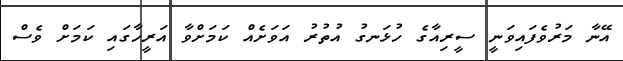
އޭނާ މަރުވެފައިވަނީ ސީރިއާގެ ހުޅަނގު އުތުރު އަވަށެއް ކަމަށްވާ އަރީހާގައި ކަމަށް ވެސް